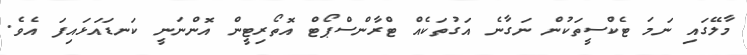
މާލޭގައި ނަމަ ޓެކްސީތަކުން ނަގާނެ އަގުތަކެއް ޓްރާންސްޕޯޓް އޮތޯރިޓީން އޮންނަނީ ކަނޑައަޅައިފަ އެވެ.